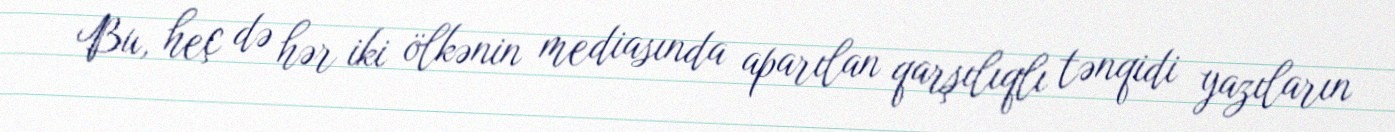
Bu, heç də hər iki ölkənin mediasında aparılan qarşılıqlı tənqidi yazıların